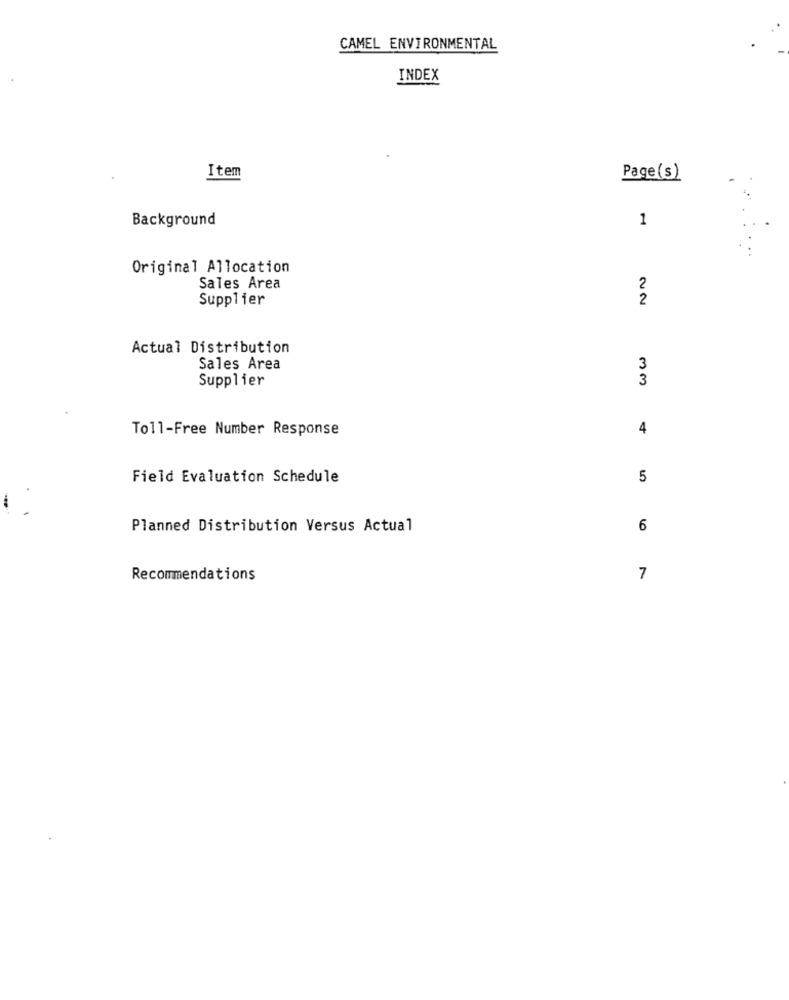
CAMEL ENVIRONMENTAL
INDEX
Item
Page(s)
Background
1
Original Allocation
Sales Area
2
Supplier
2
Actual Distribution
Sales Area
3
Supplier
3
Toll-Free Number Response
4
Field Evaluation Schedule
5
Planned Distribution Versus Actual
6
Recommendations
7